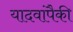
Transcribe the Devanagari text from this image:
यादवांपैकी